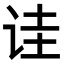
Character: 诖